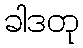
ခါဒတု